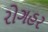
રોગહર